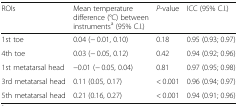
<table><thead><tr><td><b>ROIs</b></td><td><b>Mean temperature difference (°C) between instruments<sup>a</sup> (95% C.I.)</b></td><td><b><i>P</i>-value</b></td><td><b>ICC (95% C.I.)</b></td></tr></thead><tbody><tr><td>1st toe</td><td>0.04 (− 0.01, 0.10)</td><td>0.18</td><td>0.95 (0.93; 0.97)</td></tr><tr><td>4th toe</td><td>0.03 (− 0.05, 0.12)</td><td>0.42</td><td>0.94 (0.92; 0.96)</td></tr><tr><td>1st metatarsal head</td><td>−0.01 (− 0.05, 0.04)</td><td>0.81</td><td>0.97 (0.95; 0.98)</td></tr><tr><td>3rd metatarsal head</td><td>0.11 (0.05, 0.17)</td><td>&lt; 0.001</td><td>0.96 (0.94; 0.97)</td></tr><tr><td>5th metatarsal head</td><td>0.21 (0.16, 0.27)</td><td>&lt; 0.001</td><td>0.94 (0.91; 0.96)</td></tr></tbody></table>